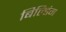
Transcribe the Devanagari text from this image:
बिल्‍डिंग